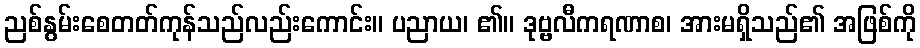
ညစ်နွမ်းစေတတ်ကုန်သည်လည်းကောင်း။ ပညာယ၊ ၏။ ဒုဗ္ဗလီကရဏာစ၊ အားမရှိသည်၏ အဖြစ်ကို